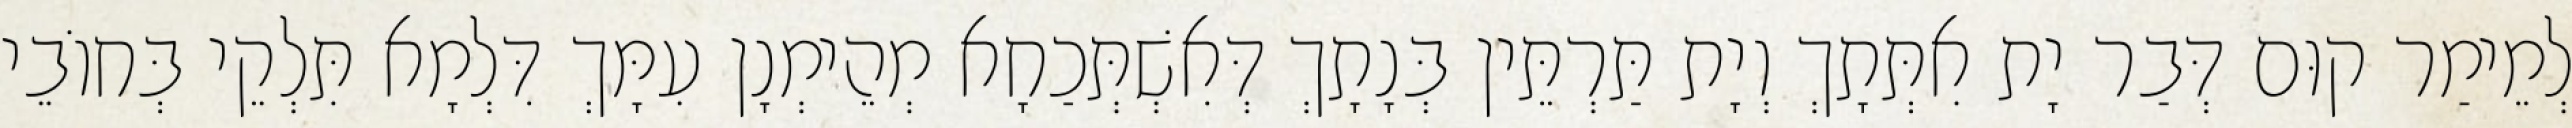
לְמֵימַר קוּם דְּבַר יָת אִתְּתָךְ וְיָת תַּרְתֵּין בְּנָתָךְ דְּאִשְׁתְּכַחָא מְהֵימְנָן עִמָּךְ דִּלְמָא תִּלְקֵי בְּחוֹבֵי